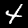
Label: 4